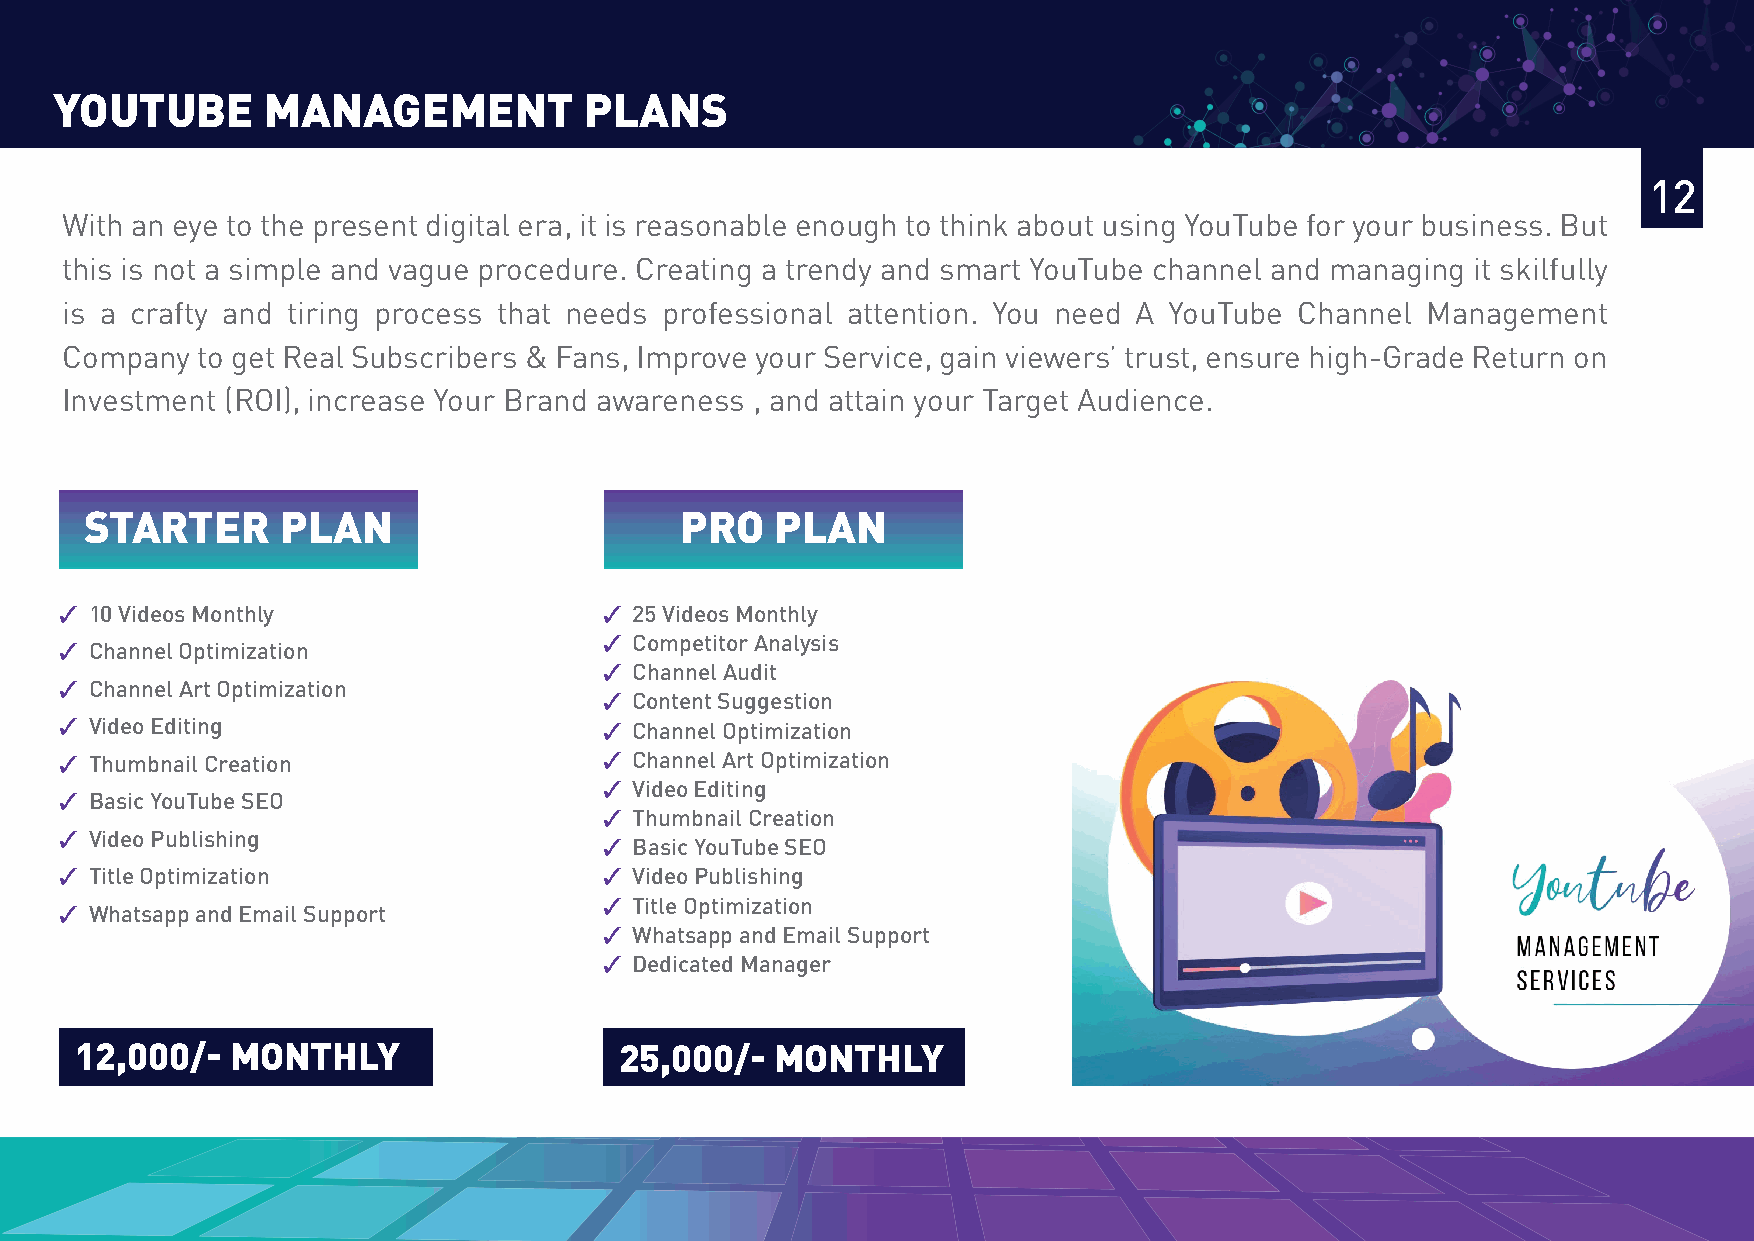
YOUTUBE       MANAGEMENT            PLANS
 12
 With an eye to the present digital era, it is reasonable enough to think about using YouTube for your business. But
 this is not a simple and vague procedure. Creating a trendy and smart YouTube channel and managing it skilfully
 is a crafty and tiring process that needs professional attention. You need A YouTube Channel Management
 Company  to get Real Subscribers & Fans, Improve your Service, gain viewers’ trust, ensure high-Grade Return on
 Investment (ROI), increase Your Brand awareness , and attain your Target Audience.
 STARTER      PLAN                      PRO   PLAN
  10 Videos Monthly                  25 Videos Monthly
  Competitor Analysis
  Channel Optimization
  Channel Audit
  Channel Art Optimization
  Content Suggestion
  Video Editing                      Channel Optimization
  Thumbnail Creation                 Channel Art Optimization
  Video Editing
  Basic YouTube SEO
  Thumbnail Creation
  Video Publishing
  Basic YouTube SEO
  Title Optimization                 Video Publishing
  Title Optimization
  Whatsapp and Email Support
  Whatsapp and Email Support
  Dedicated Manager
 12,000/-  MONTHLY                   25,000/-  MONTHLY